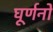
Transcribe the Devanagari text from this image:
घूर्णनों